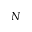
N